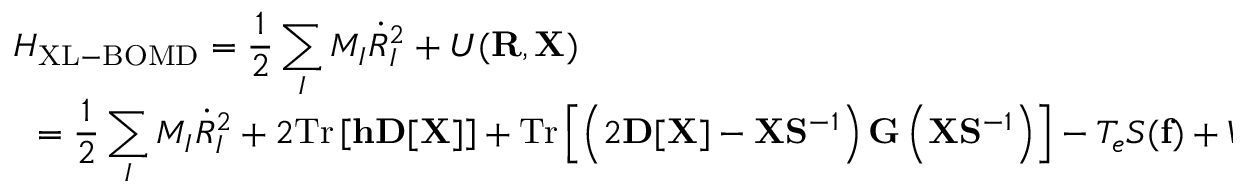
\begin{array} { l } { { \displaystyle { \cal H } _ { \mathrm { X L - B O M D } } = \frac { 1 } { 2 } \sum _ { I } M _ { I } { \dot { R } } _ { I } ^ { 2 } + { \cal U } ( { \bf R } , { \bf X } ) } \ ~ } \\ { { \displaystyle ~ ~ = \frac { 1 } { 2 } \sum _ { I } M _ { I } { \dot { R } } _ { I } ^ { 2 } + 2 \mathrm { T r } \left[ { \bf h } { \bf D } [ { \bf X } ] \right] + \mathrm { T r } \left[ \left( 2 { \bf D } [ { \bf X } ] - { \bf X } { \bf S } ^ { - 1 } \right) { \bf G } \left( { \bf X } { \bf S } ^ { - 1 } \right) \right] - T _ { e } { \cal S } ( { \bf f } ) + V _ { n n } ( { \bf R } ) } . } \end{array}